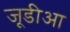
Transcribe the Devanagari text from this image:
जूडीआ